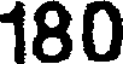
180